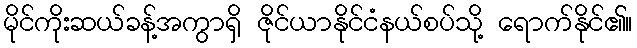
မိုင်ကိုးဆယ်ခန့်အကွာရှိ ဇိုင်ယာနိုင်ငံနယ်စပ်သို့ ရောက်နိုင်၏။